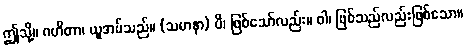
ဤသို့။ ဂဟိတာ၊ ယူအပ်သည်။ (သမာနာ) ပိ၊ ဖြစ်သော်လည်း။ ဝါ၊ ဖြစ်သည်လည်းဖြစ်သော။